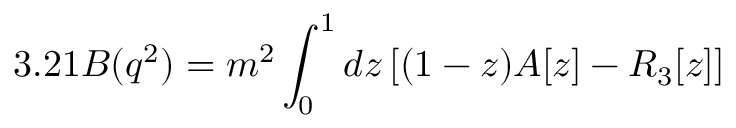
3 . 2 1 { \cal B } ( q ^ { 2 } ) = m ^ { 2 } \int _ { 0 } ^ { 1 } d z \left[ ( 1 - z ) A [ z ] - R _ { 3 } [ z ] \right]